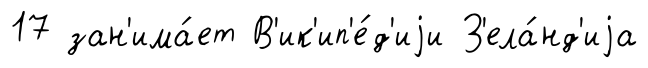
17 зан'има́ет В'ик'ип'е́д'иjи З'ела́нд'иjа